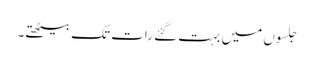
جلسوں میں بہت گئے رات تک بیٹھتے۔